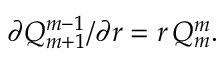
\partial Q _ { m + 1 } ^ { m - 1 } / \partial r = r \, Q _ { m } ^ { m } .